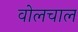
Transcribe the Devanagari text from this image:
वोलचाल